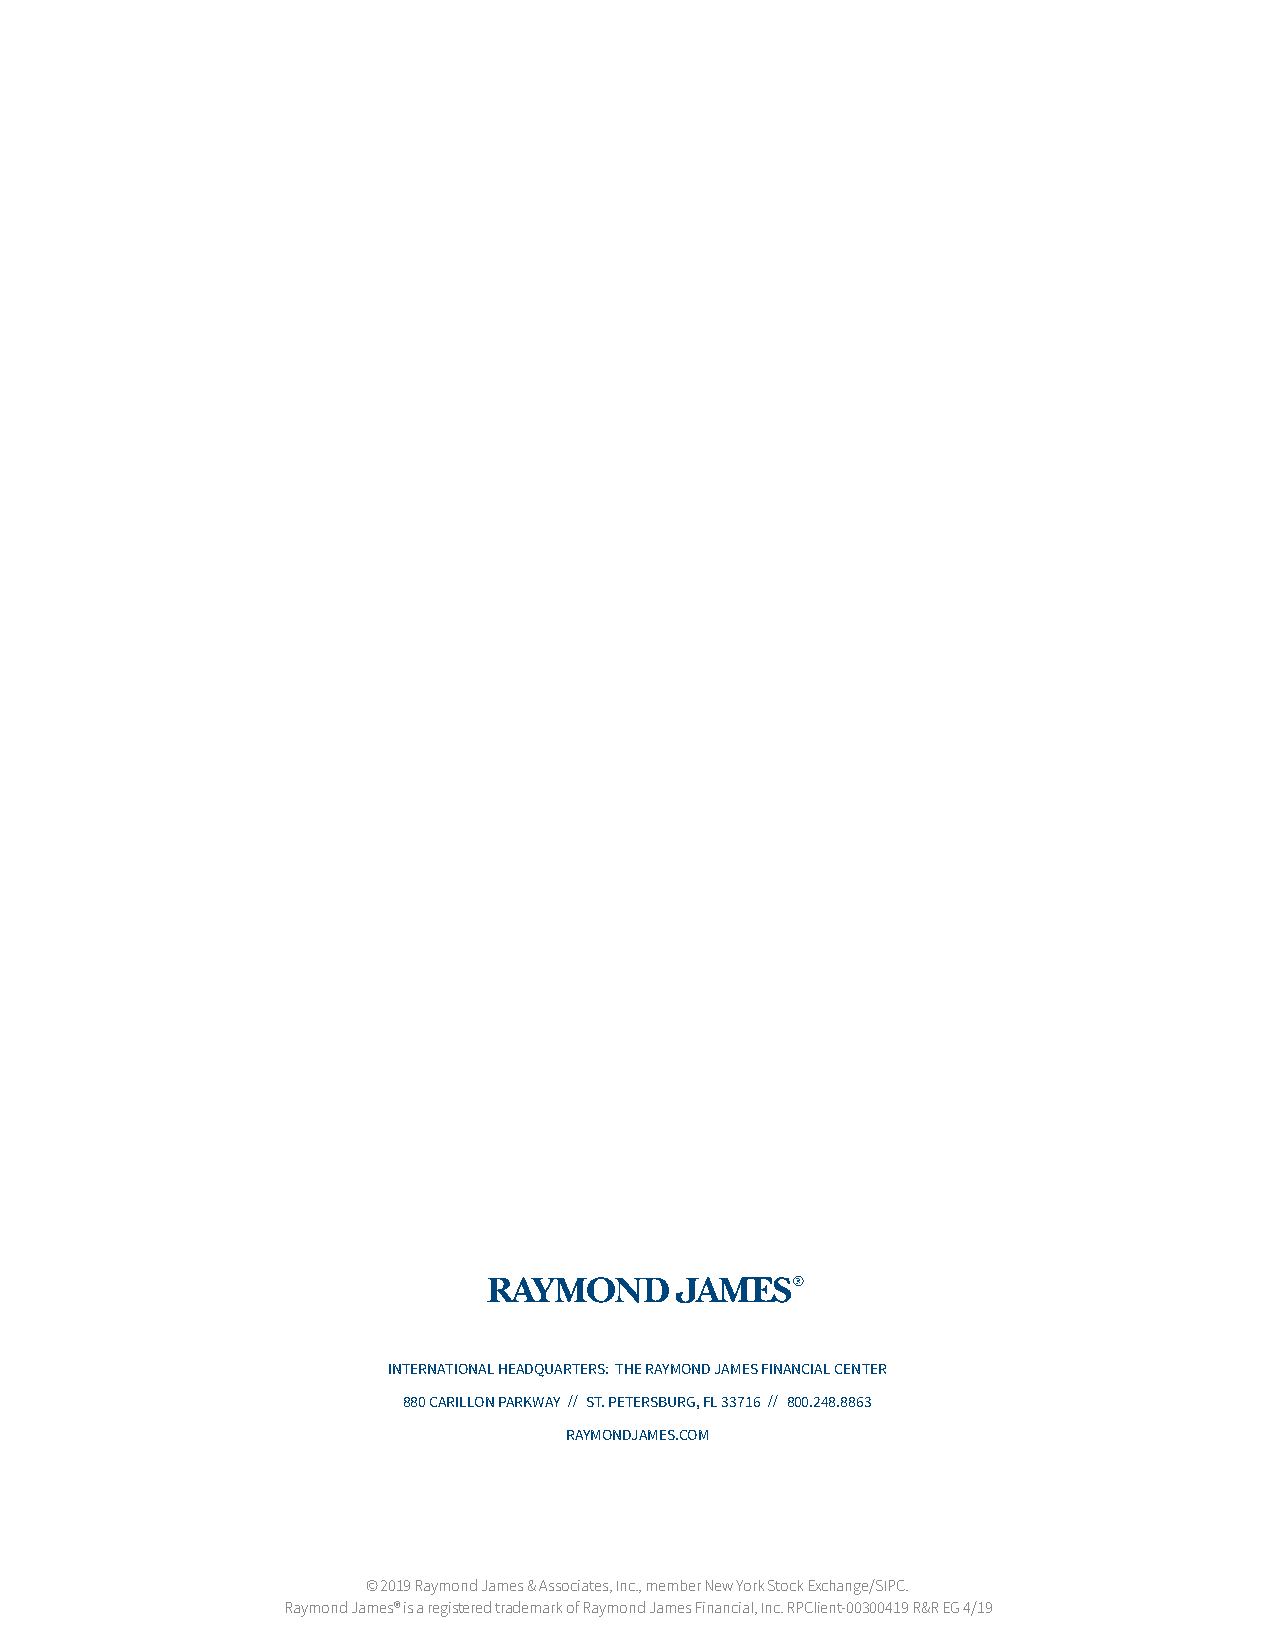
INTERNATIONAL HEADQUARTERS: THE RAYMOND JAMES FINANCIAL CENTER
 880 CARILLON PARKWAY // ST. PETERSBURG, FL 33716 // 800.248.8863
 RAYMONDJAMES.COM
 © 2019 Raymond James & Associates, Inc., member New York Stock Exchange/SIPC.
 Raymond James® is a registered trademark of Raymond James Financial, Inc. RPClient-00300419 R&R EG 4/19